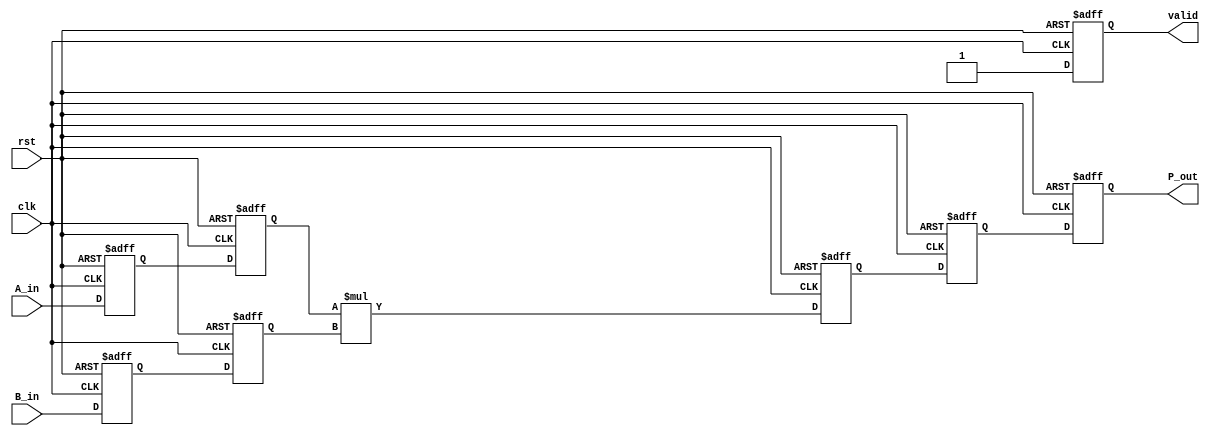
module StreamingMultiplier #(
    parameter DATA_WIDTH = 16, // Width of the input data
    parameter PIPELINE_STAGES = 2 // Number of pipeline stages
)(
    input wire clk,                // Clock signal
    input wire rst,                // Asynchronous reset
    input wire [DATA_WIDTH-1:0] A_in, // Input data stream A
    input wire [DATA_WIDTH-1:0] B_in, // Input data stream B
    output reg [2*DATA_WIDTH-1:0] P_out, // Output product stream
    output reg valid               // Valid signal for output
);

    // Internal registers for pipelining
    reg [DATA_WIDTH-1:0] A_buffer [0:PIPELINE_STAGES-1];
    reg [DATA_WIDTH-1:0] B_buffer [0:PIPELINE_STAGES-1];
    reg [2*DATA_WIDTH-1:0] P_buffer [0:PIPELINE_STAGES-1];

    integer i;

    // Pipeline control logic
    always @(posedge clk or posedge rst) begin
        if (rst) begin
            // Reset all buffers and valid signal
            for (i = 0; i < PIPELINE_STAGES; i = i + 1) begin
                A_buffer[i] <= 0;
                B_buffer[i] <= 0;
                P_buffer[i] <= 0;
            end
            P_out <= 0;
            valid <= 0;
        end else begin
            // Shift buffers
            for (i = PIPELINE_STAGES-1; i > 0; i = i - 1) begin
                A_buffer[i] <= A_buffer[i-1];
                B_buffer[i] <= B_buffer[i-1];
                P_buffer[i] <= P_buffer[i-1];
            end
            
            // Load new data into the first stage
            A_buffer[0] <= A_in;
            B_buffer[0] <= B_in;

            // Perform multiplication in the last stage
            P_buffer[0] <= A_buffer[1] * B_buffer[1];

            // Output the product from the last stage
            P_out <= P_buffer[PIPELINE_STAGES-1];
            valid <= (PIPELINE_STAGES > 1) ? 1 : 0; // Set valid signal when there's valid data
        end
    end

endmodule